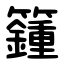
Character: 籦